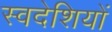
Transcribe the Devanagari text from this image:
स्वदेशियों